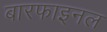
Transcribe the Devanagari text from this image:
बारफाइनल